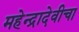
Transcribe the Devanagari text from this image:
महेन्द्रादेवीचा